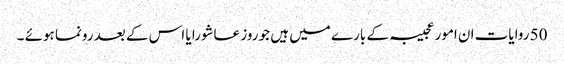
50 روایات ان امور عجیبہ کے بارے میں ہیں جو روز عاشورا یا اس کے بعد رونما ہوئے ۔